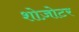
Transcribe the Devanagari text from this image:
शोज़ोटर